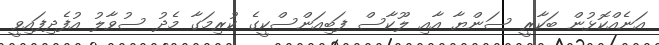
އަނެއްކޮޅުން ބަކާރީ ސަންޔާ އާއި ލޫކާސް ފަބިއަންސްކީގެ ކުރިމަގާ މެދު ސުވާލު އުފެދިފައިވީ